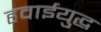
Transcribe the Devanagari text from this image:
हवाईयुद्ध